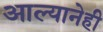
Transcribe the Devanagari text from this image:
आल्यानेही